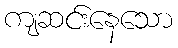
ကျဆင်းနေသော